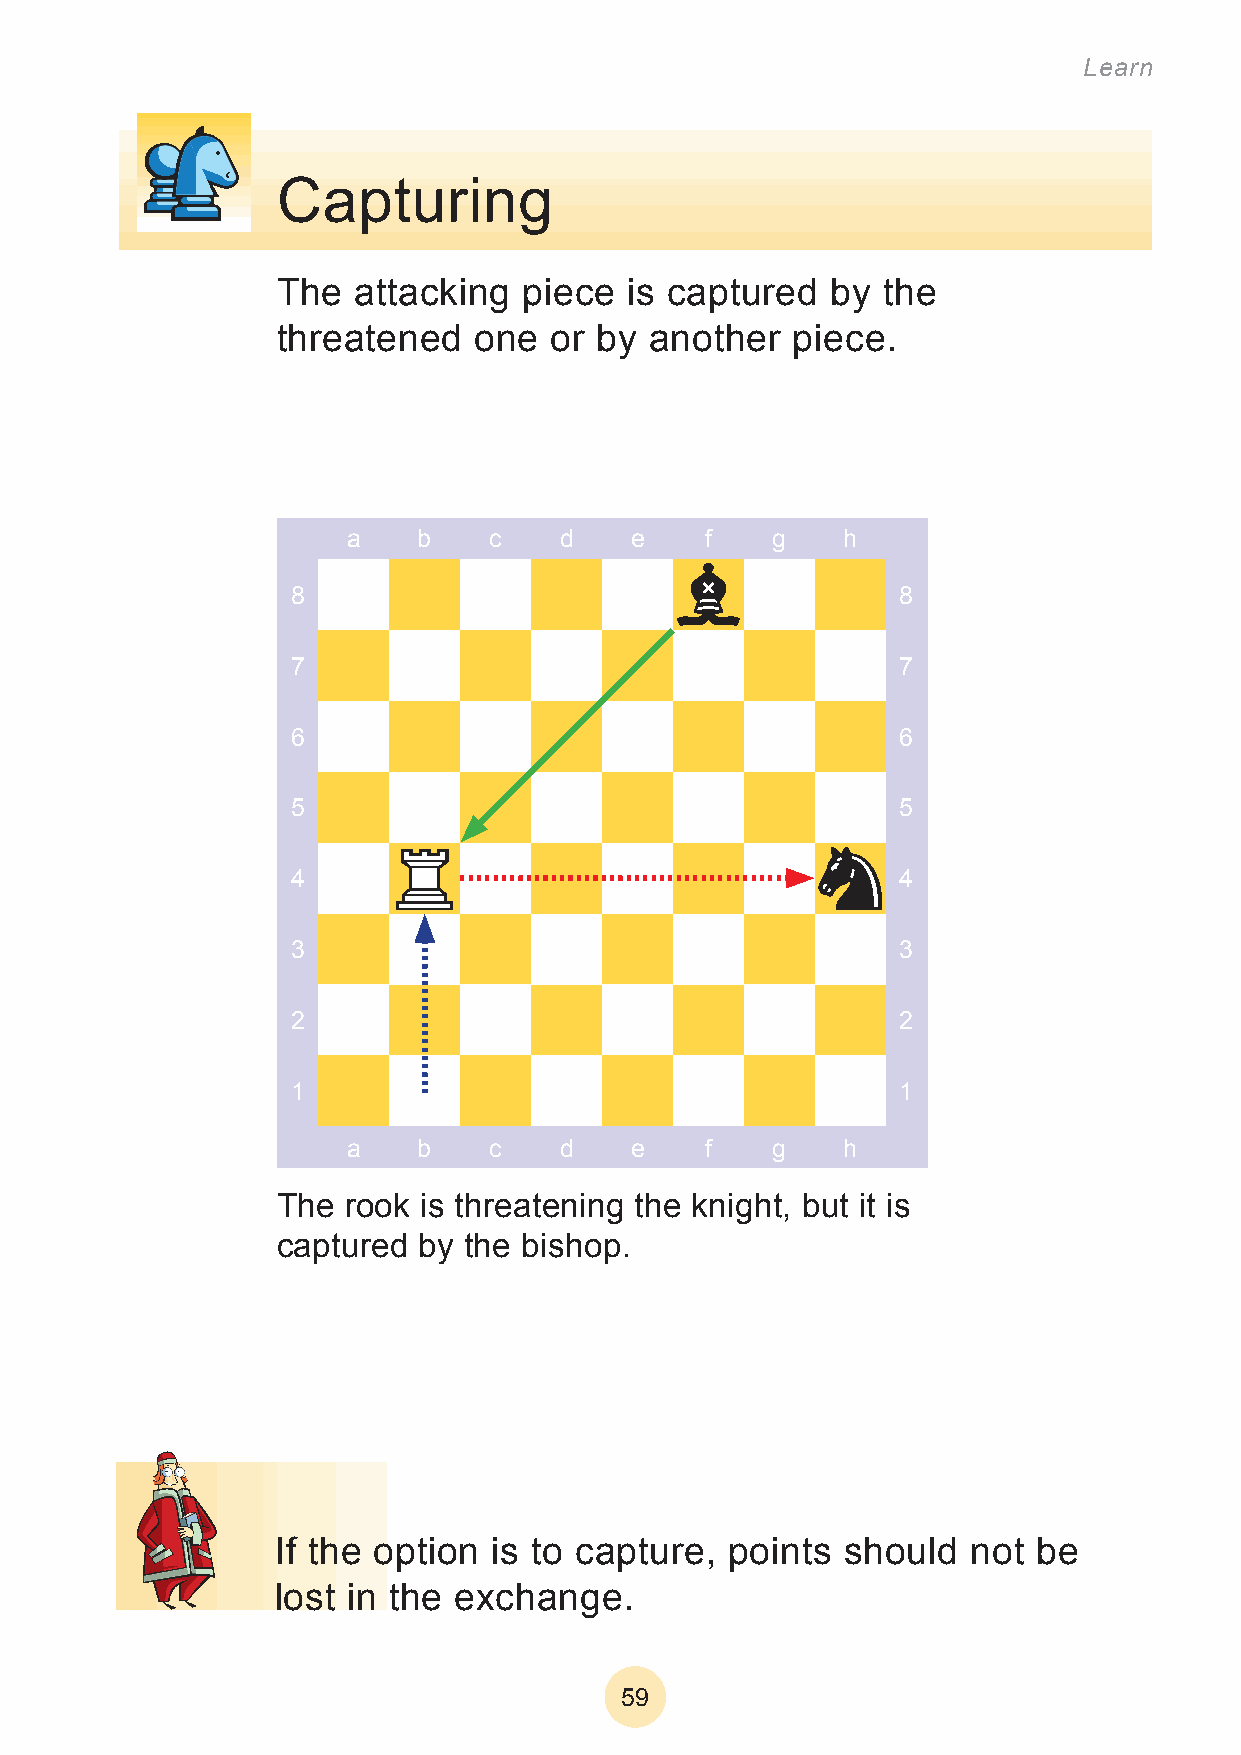
Learn
 Capturing
 The  attacking   piece  is captured  by the
 threatened   one  or  by another  piece.
 a    b   c    d    e    f   g    h
 8                                        8
 7                                        7
 6                                        6
 5                                        5
 4                                        4
 3                                        3
 2                                        2
 1                                        1
 a    b   c    d    e    f   g    h
 The  rook is threatening the knight, but it is
 captured  by the bishop.
 If the option  is to capture, points  should  not  be
 lost in the exchange.
 59